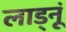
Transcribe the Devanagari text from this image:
लाड्नूं